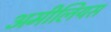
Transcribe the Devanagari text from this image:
अमीलियस